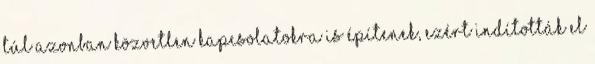
túl azonban közvetlen kapcsolatokra is építenek, ezért indították el